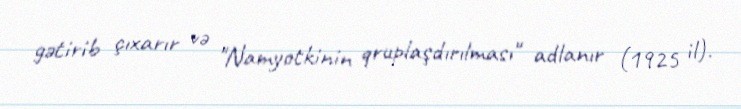
gətirib çıxarır və "Namyotkinin qruplaşdırılması" adlanır (1925 il).